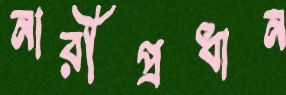
নারীপ্রধান